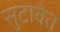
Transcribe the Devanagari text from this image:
सुटावेत